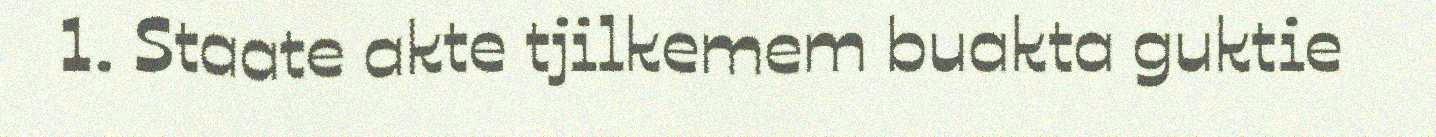
1. Staate akte tjilkemem buakta guktie